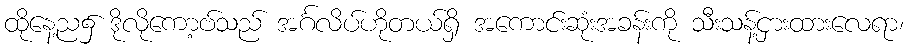
ထိုနေ့ည၌ ဒိုလိုကော့ဗ်သည် အင်္ဂလိပ်ဟိုတယ်ရှိ အကောင်းဆုံးအခန်းကို သီးသန့်ငှားထားလေရာ၊